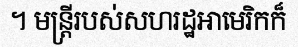
។ មន្ត្រីរបស់សហរដ្ឋអាមេរិកក៏